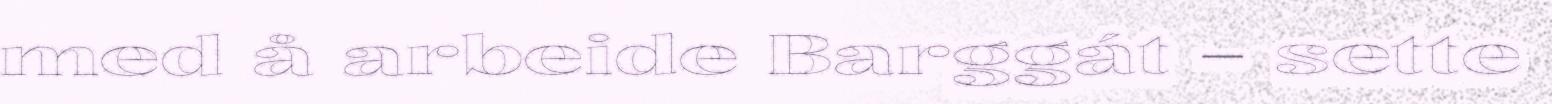
med å arbeide Barggát – sette